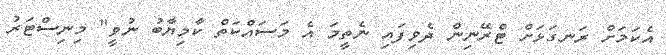
އެކަމަށް ރަނގަޅަށް ޓްރޭނިން ދެވިފައި ނެތީމަ އެ މަަސައްކަތް ކާމިޔާބު ނުވީ" މިނިސްޓަރު